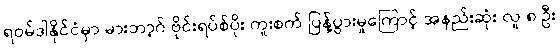
ရဝမ်ဒါနိုင်ငံမှာ မားဘာ့ဂ် ဗိုင်းရပ်စ်ပိုး ကူးစက် ပြန့်ပွားမှုကြောင့် အနည်းဆုံး လူ ၈ ဦး